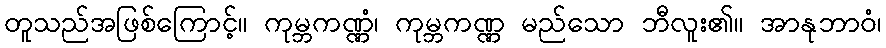
တူသည်အဖြစ်ကြောင့်။ ကုမ္ဘကဏ္ဏံ၊ ကုမ္ဘကဏ္ဏ မည်သော ဘီလူး၏။ အာနုဘာဝံ၊